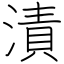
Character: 漬